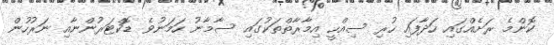
ކޮންމެ ރަށެއްގައި ހަދާފައި ހުރި ސިއްހީ އިމާރާތްތަކުގައި ސާމާނު ހަމަނުވެ ޑޮކްޓަރުންނާއި ނަރުހުން